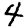
Digit: 4